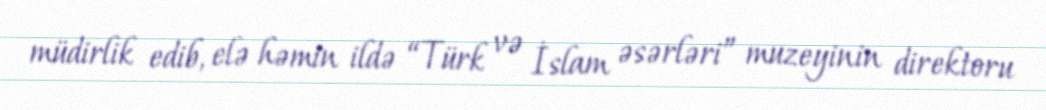
müdirlik edib, elə həmin ildə “Türk və İslam əsərləri” muzeyinin direktoru